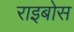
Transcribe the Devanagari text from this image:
राइबोस